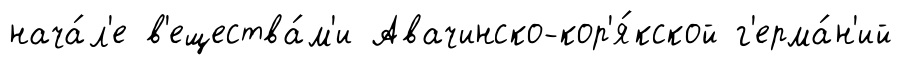
нача́л'е в'ещества́м'и Авачинско-кор'я́кской г'ерма́н'ий